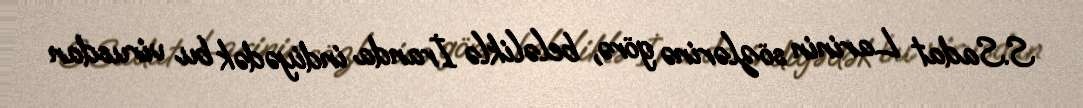
S.Sadat Larinin sözlərinə görə, beləliklə İranda indiyədək bu virusdan